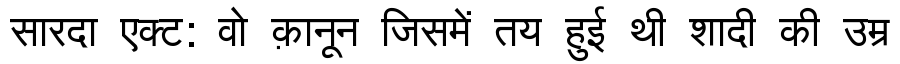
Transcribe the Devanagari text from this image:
सारदा एक्ट: वो क़ानून जिसमें तय हुई थी शादी की उम्र